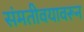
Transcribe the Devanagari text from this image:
संमतीवयावरून